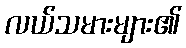
လယ်သမားများ၏